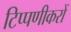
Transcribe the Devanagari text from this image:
टिप्पणीकरों